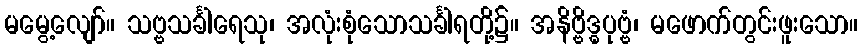
မမွေ့လျော်။ သဗ္ဗသင်္ခါရေသု၊ အလုံးစုံသောသင်္ခါရတို့၌။ အနိဗ္ဗိဒ္ဓပုဗ္ဗံ၊ မဖောက်တွင်းဖူးသော။